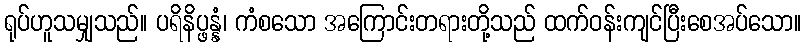
ရုပ်ဟူသမျှသည်။ ပရိနိပ္ဖန္နံ၊ ကံစသော အကြောင်းတရားတို့သည် ထက်ဝန်းကျင်ပြီးစေအပ်သော။